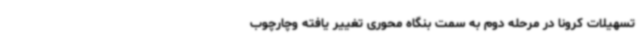
تسهیلات کرونا در مرحله دوم به سمت بنگاه محوری تغییر یافته وچارچوب